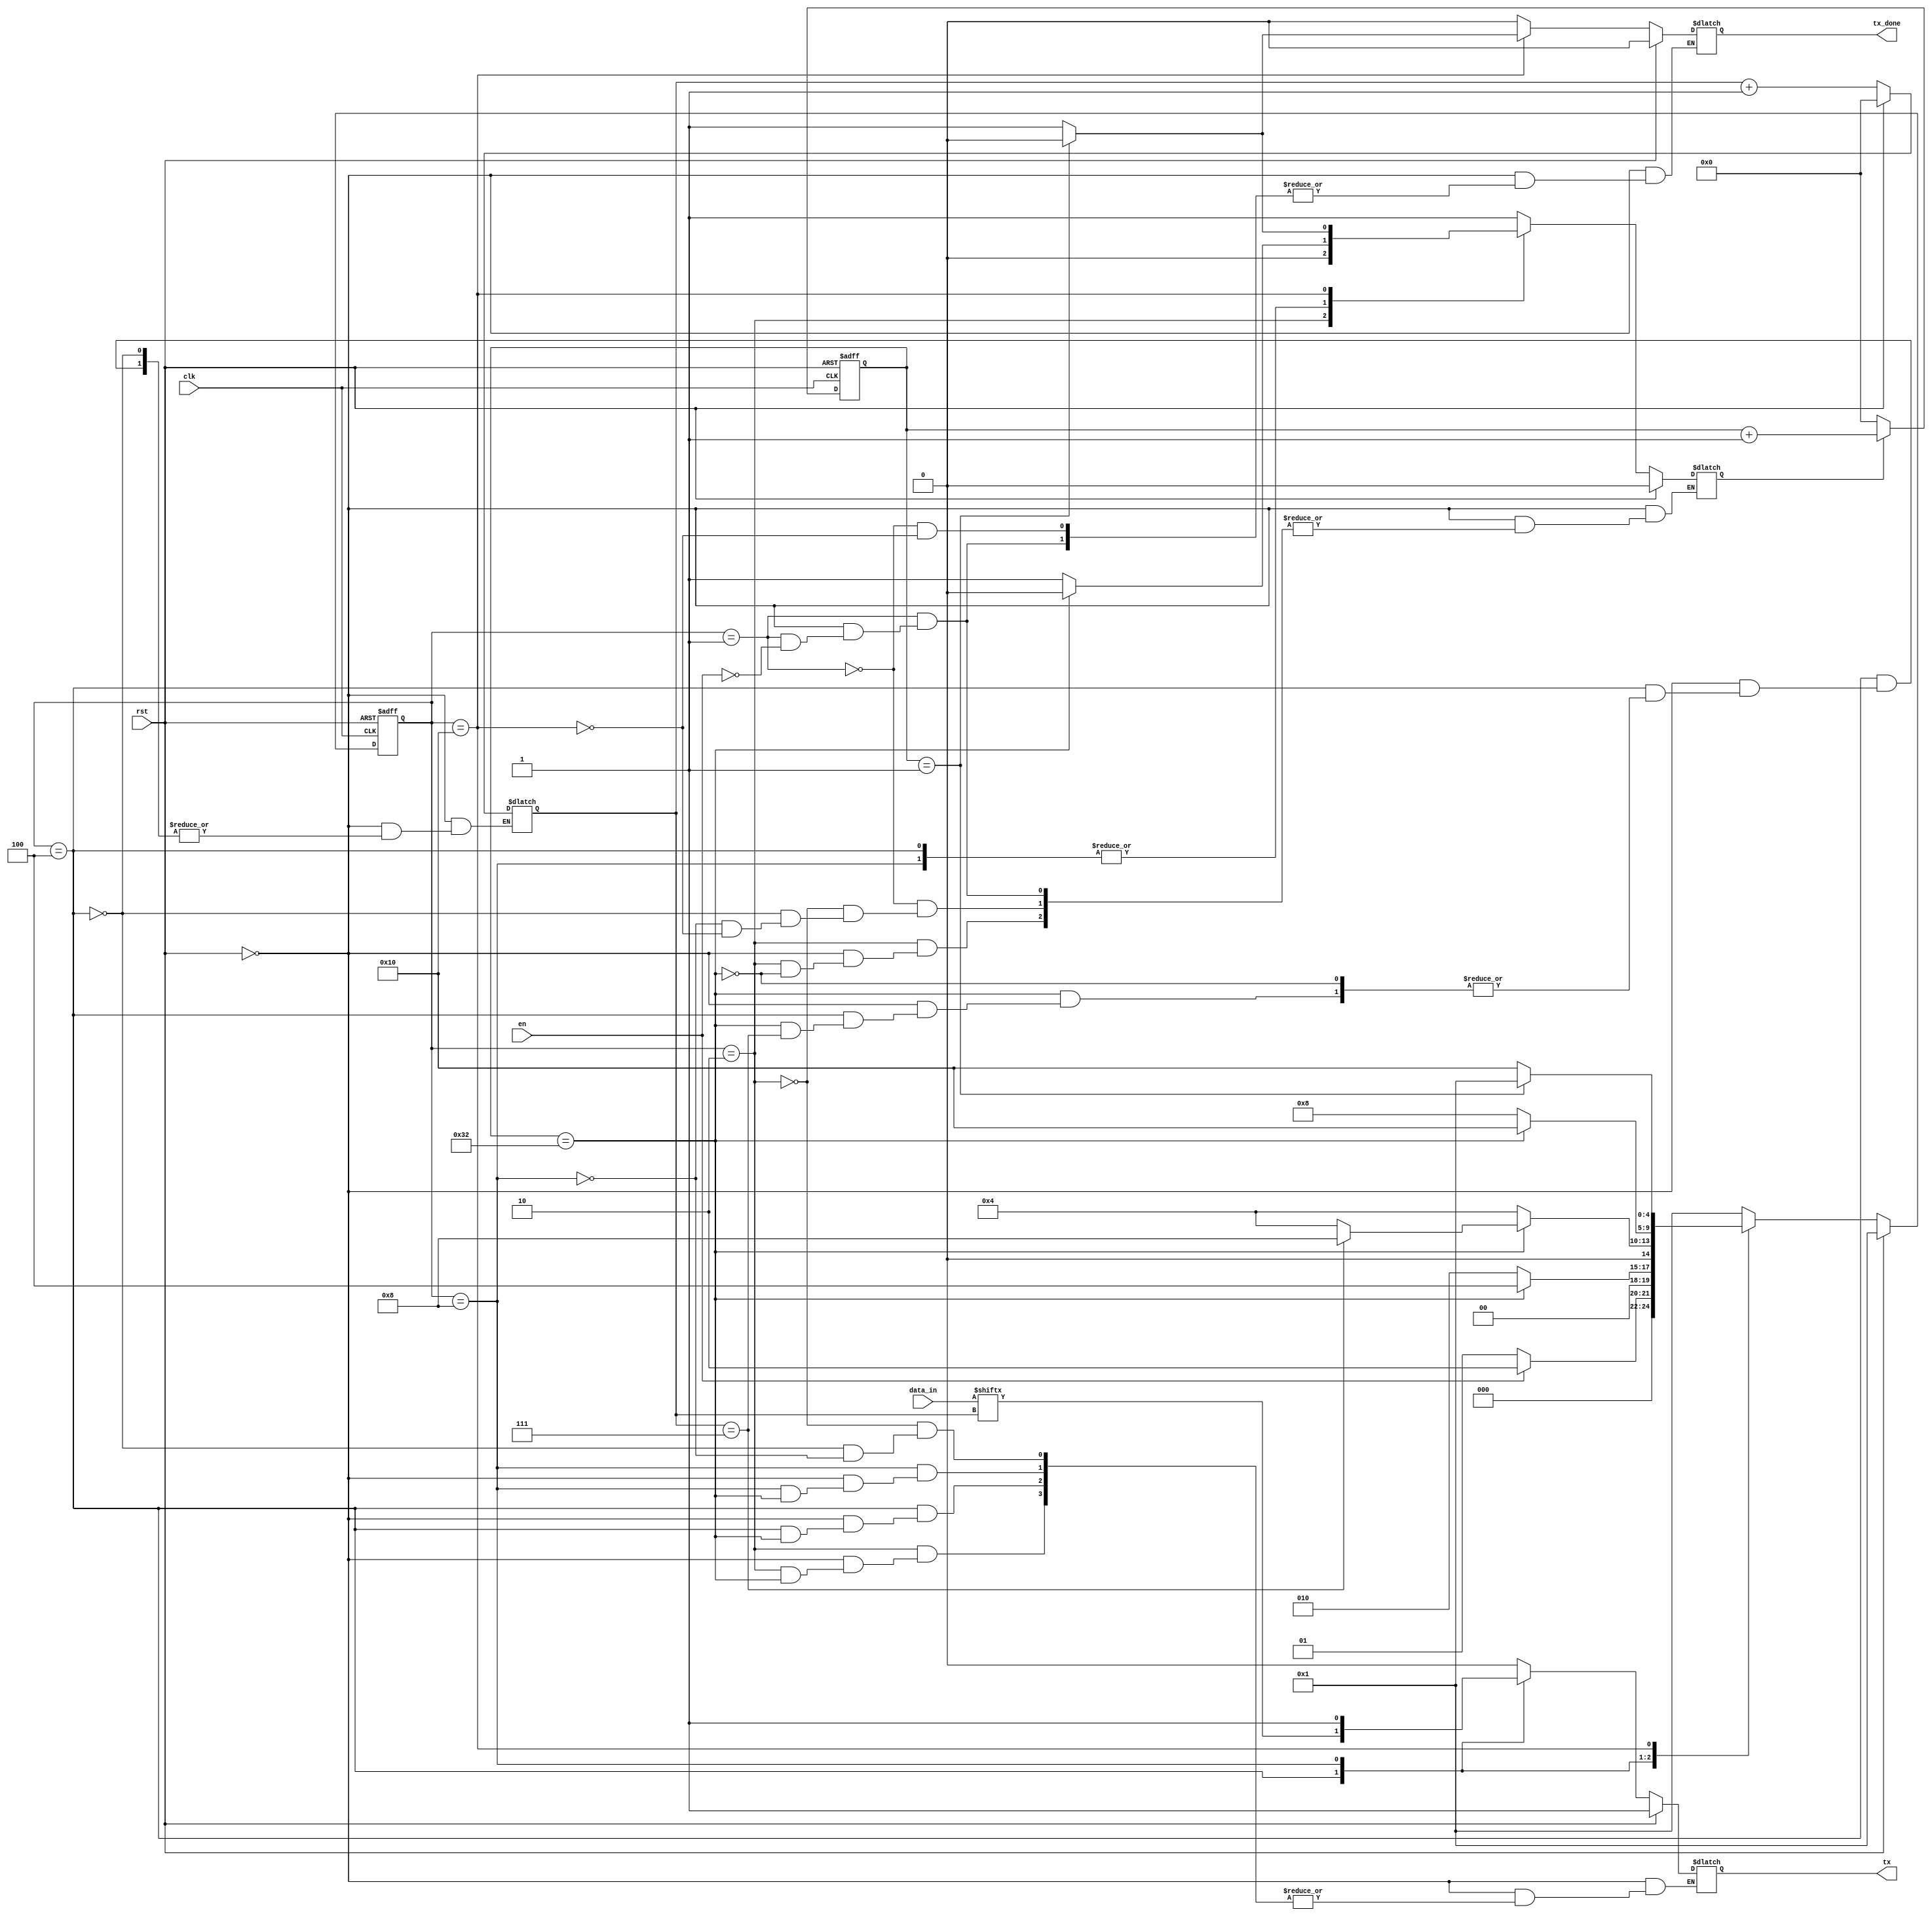
`timescale 1ns / 1ps
//////////////////////////////////////////////////////////////////////////////////
// Company: 
// Engineer: 
// 
// Design Name: 
// Module Name: FT234XD_TX
// Project Name: 
// Target Devices: 
// Tool Versions: 
// Description: 
// 
// Dependencies: 
// 
// Revision:
// Revision 0.01 - File Created
// Additional Comments:
// 
//////////////////////////////////////////////////////////////////////////////////


module FT234XD_TX(
     input clk,
     input rst,
     input en,
     input [7:0] data_in,
     output reg tx,
     output reg tx_done

      );
      
      localparam s_idle = 5'b00001,
                 s_start= 5'b00010,
                 s_wr   = 5'b00100,
                 s_stop = 5'b01000,
                 s_done = 5'b10000;
                 
       localparam t_1_bit = 50;
       
       reg [4:0] cur_state, next_state;
       reg [7:0] time_count;
       reg en_count;
       reg [7:0] tx_bits;
       
       always @(posedge clk or posedge rst)
           if (rst) begin
               cur_state <= s_idle;
           end else begin
                cur_state <= next_state;
           end
           
        always @(posedge clk or posedge rst)
            if (rst) begin
                time_count <= 8'd0;
            end else if (en_count == 0) begin
                time_count <= 8'd0;
            end else begin
                time_count <= time_count + 1;
            end
         
         always @(*)
           if (rst) begin
               next_state = s_idle;
               en_count = 1'b0;
               tx= 1;
               tx_done = 1'b0;
               tx_bits = 8'b0;
            end else begin
                case (cur_state)
                    s_idle:   if (en==1) begin
                                  next_state = s_start;
                                  en_count = 1'b1;
                                  tx_done = 1'b0;
                               end else begin
                                   next_state = s_idle;
                                end
                                
                    s_start:   if (time_count == t_1_bit) begin
                                   en_count = 1'b0;
                                   next_state = s_wr;
                                end else begin 
                                    tx = 0;
                                    next_state = s_start;
                                end
                                 
                    s_wr:       if (time_count == t_1_bit) begin
                                    en_count =1'b0;
                                    if (tx_bits== 8'd7)
                                        next_state = s_stop;
                                    else begin
                                        tx_bits = tx_bits + 1;
                                        next_state = s_wr;
                                    end
                                end else begin
                                     en_count = 1'b1;
                                     tx = data_in[tx_bits];
                                     next_state = s_wr;
                                 end
                                 
                     s_stop:      if (time_count == t_1_bit) begin
                                       en_count = 1'b0;
                                       next_state = s_done;
                                  end else begin
                                       en_count = 1'b1;
                                       tx = 1'b1;
                                       next_state = s_stop;
                                  end
                                  
                     s_done:       if (time_count == 1) begin
                                        en_count= 1'b0;
                                        tx_done = 1'b0;
                                        next_state = s_idle;
                                    end else begin
                                        en_count = 1'b1;
                                        tx_done = 1'b1;
                                        next_state = s_done;
                                    end
                                    
                      default: begin next_state = s_idle; end
                 endcase
                 
            end
                                  
               
endmodule